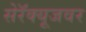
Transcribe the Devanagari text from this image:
सेरॅक्यूजवर